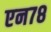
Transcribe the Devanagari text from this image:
एन७८